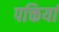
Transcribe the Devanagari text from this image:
पक्तियां